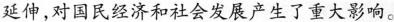
延伸，对国民经济和社会发展产生了重大影响。